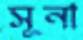
সূনা